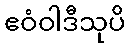
ဧဝံဝါဒီသုပိ